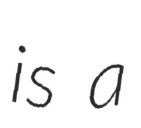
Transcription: is a